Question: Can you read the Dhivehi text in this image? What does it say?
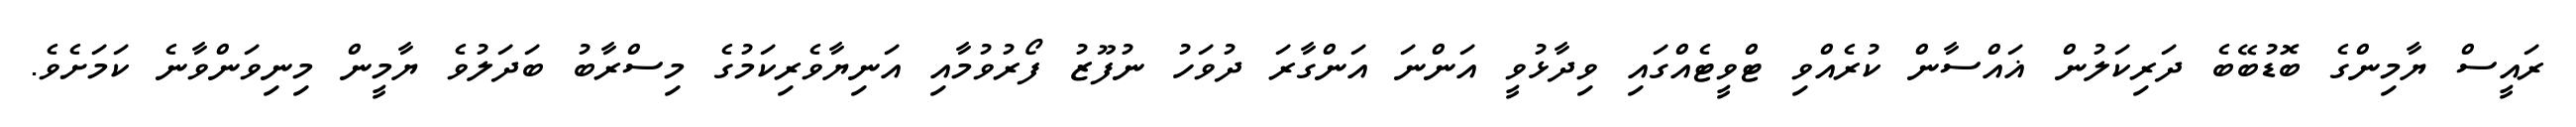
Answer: ރައީސް ޔާމިންގެ ބޮޑުބޭބެ ދަރިކަލުން ޣައްސާން ކުރެއްވި ޓްވީޓެއްގައި ވިދާޅުވީ އަންނަ އަންގާރަ ދުވަހު ނުފޫޒު ފޯރުވުމާއި އަނިޔާވެރިކަމުގެ މިސްރާބު ބަދަލުވެ ޔާމީން މިނިވަންވާނެ ކަމަށެވެ.